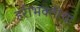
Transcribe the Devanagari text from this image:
हरीभक्तीचा